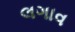
લગાવ